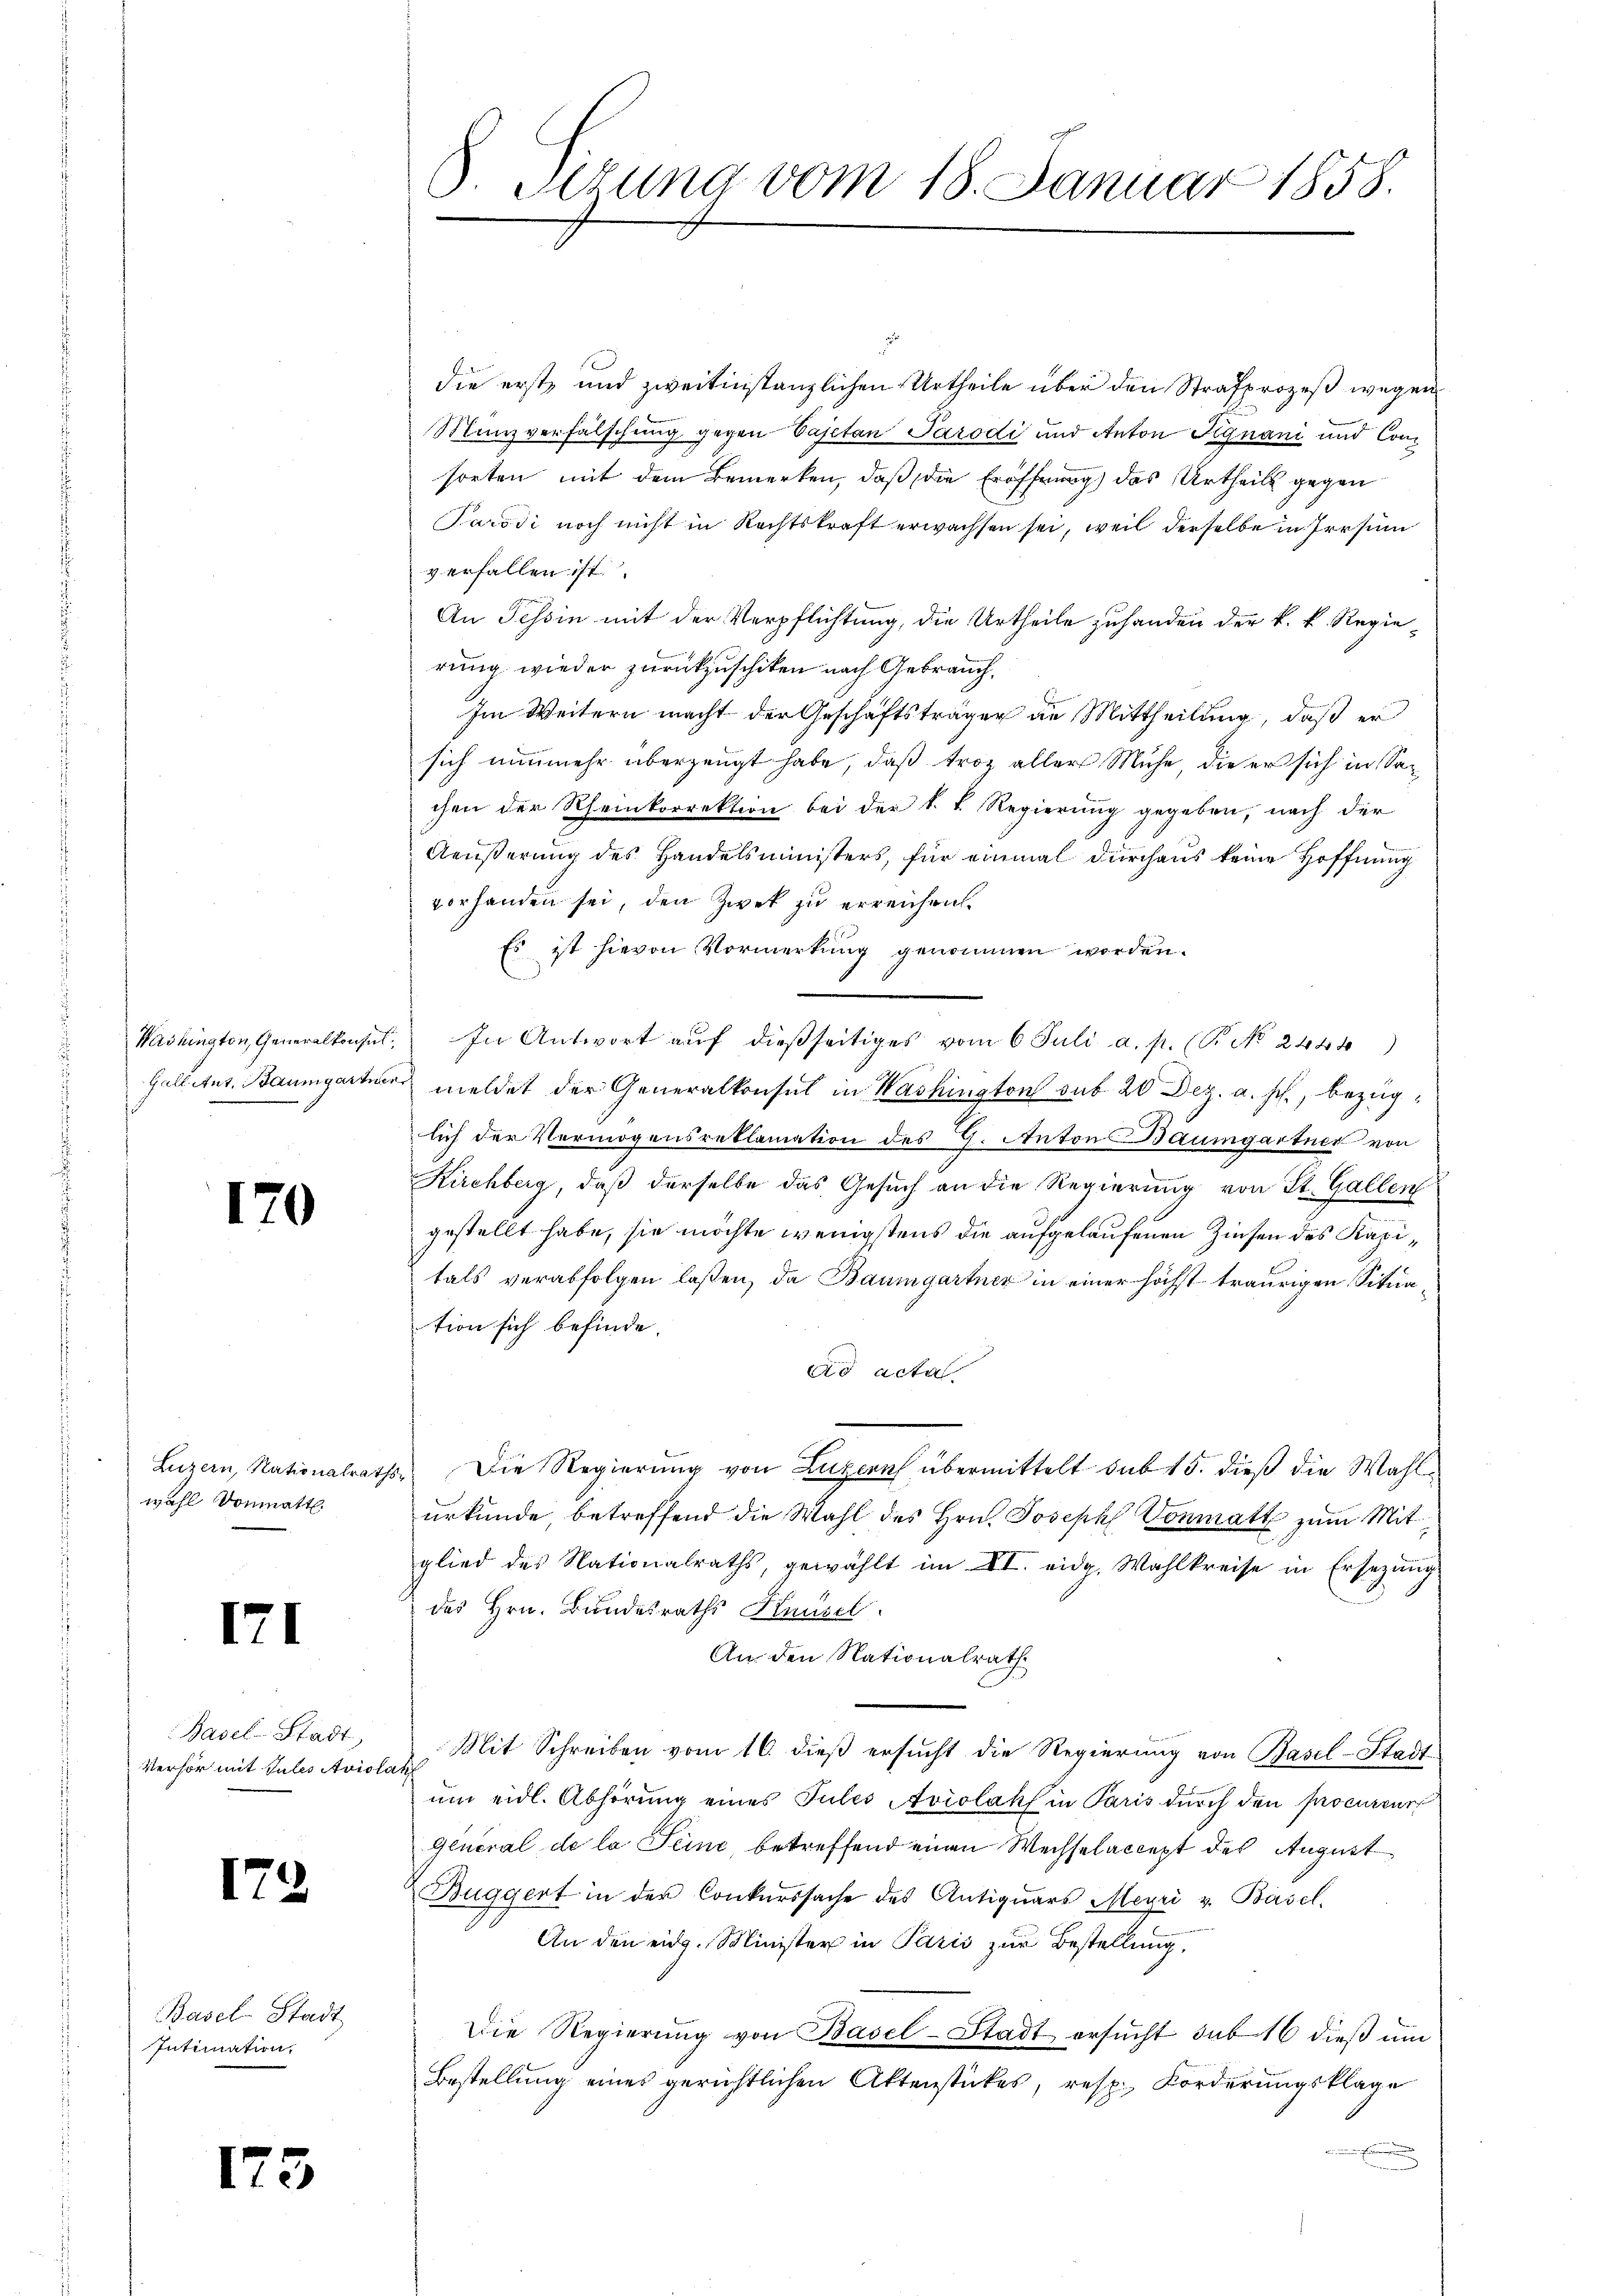
170

wahl vonmatt.

171

Basel-Stadt,
Verhör mit Jules Avislat

172

Basel-Stadt
Intimation,

173

2
die erst, und zweitinstanzlichen Urtheile über den Strafprozeß wegen
Münzverfälschung gegen Vajetan Parodi und Anton Signani und Consorten mit dem Bemerken, daß die Eröffnung des Urtheils gegen
Sarodi noch nicht in Rechtskraft erwachsen sei, weil derselbe in Irrsin
verfallen ist.
An Tessin mit der Verpflichtung, die Urtheile zuhanden der k. k. Regierung wieder zurückzuschiken nach Gebrauch,
Im Weitern macht der Geschäftsträger die Mittheilung, daß er
sich nunmehr überzeugt habe, daß troz aller Mühe, die er sich in Sachen der Rheinkorrektion bei der k. k. Regierung gegeben, nach der
Aeußerung des Handelsministers, für einmal durchaus keine Hoffnung
vorhanden sei, den Zwek zu erreichen.
Es ist hievon Vormerkung genommen worden.
Washingten Generalkonsul. In Antwort aŭf dießseitiges vom 6 Juli a. p. (T. No. 2448)
Gallitus. Baumgartner meldet der Generalkonsul in Washington sub 20 Dez. a. f., bezüglich der Vermögensreklamation des G. Anton Baumgartner von
Kirchberg, daß derselbe das Gesuch an die Regierung von St. Gallen
gestellt habe, sie möchte wenigstens die aufgelaufenen Zinsen des Kapitals verabfolgen laßen, da Baumgartner in einer höchst traurigen Situation sich befinde.
ad acta
Luzern, Nationalraths Die Regierung von Luzern übermittelt sub 15. dieß die Wahlurkunde, betreffend die Wahl des Hrn. Joseph Vonmatt zum Mit
glied des Nationalraths, gewählt im VI. eidg. Wahlkreise in Ersezung
des Hrn. Bundesraths Hausel
An den Nationalrath
Mit Schreiben vom 16. dieß ersucht die Regierung von Basel-Stadt
ŭm eidl. Abhörung eines Julis Aviolaks in Paris durch den procurenz
General de la Seine, betreffend einen Wechselaccept des August
Buggert in der Conkurssache des Antiquars Meyri v. Basel-
An den eidg. Minister in Paris zur Bestellung,
Die Regierŭng von Basel-Stadt ersucht sub 16 dieß um
Bestellung eines gerichtlichen Aktenstückes, resp. Forderungsklage

S. Situng vom 18. Januar 1858.